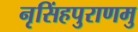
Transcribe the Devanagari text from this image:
नृसिंहपुराणमु